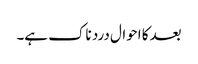
بعد کا احوال درد ناک ہے۔